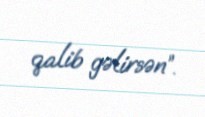
qalib gəlirsən”.